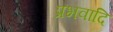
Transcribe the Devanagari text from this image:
प्रभवादि